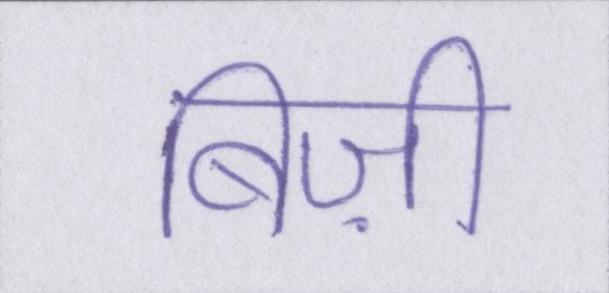
बिज़ी